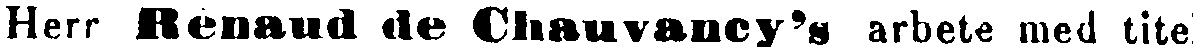
Herr Renaud de Chauvancy's arbete med titel